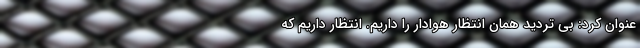
عنوان کرد: بی تردید همان انتظار هوادار را داریم. انتظار داریم که